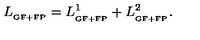
L _ { _ { \mathrm { G F + F P } } } = L _ { _ { \mathrm { G F + F P } } } ^ { 1 } + L _ { _ { \mathrm { G F + F P } } } ^ { 2 } .